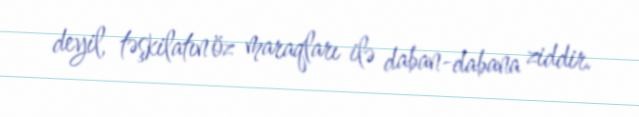
deyil, təşkilatın öz maraqları ilə daban-dabana ziddir.